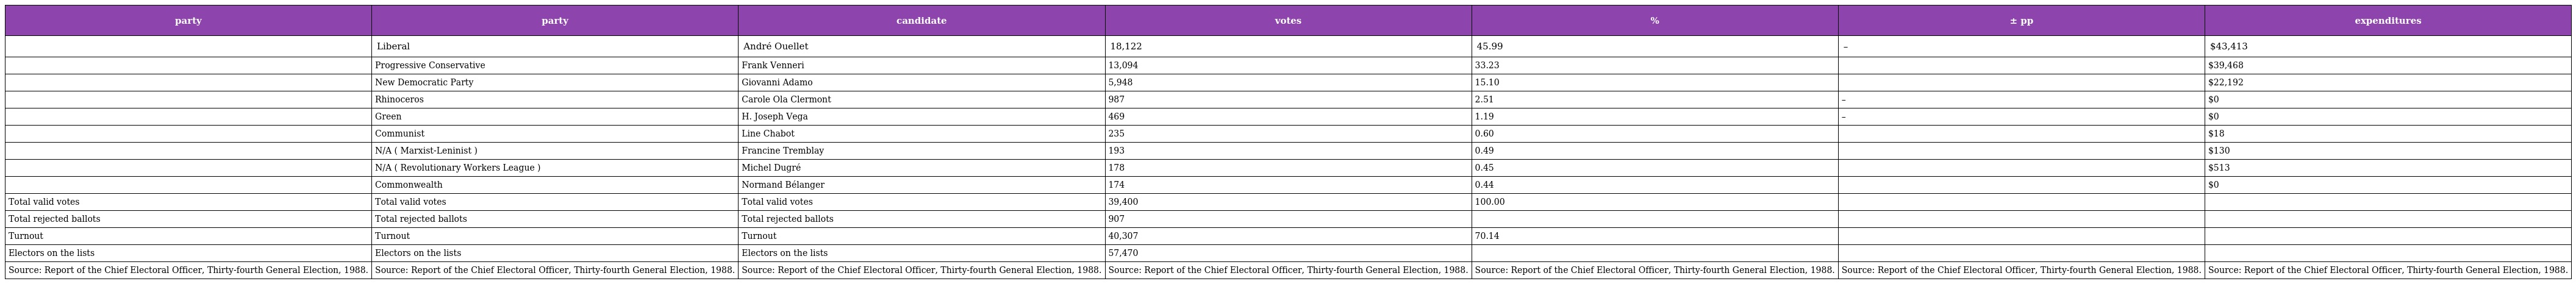
| party | party | candidate | votes | % | ± pp | expenditures |
 | --- | --- | --- | --- | --- | --- | --- |
 |  | Liberal | André Ouellet | 18,122 | 45.99 | – | $43,413 |
 |  | Progressive Conservative | Frank Venneri | 13,094 | 33.23 |  | $39,468 |
 |  | New Democratic Party | Giovanni Adamo | 5,948 | 15.10 |  | $22,192 |
 |  | Rhinoceros | Carole Ola Clermont | 987 | 2.51 | – | $0 |
 |  | Green | H. Joseph Vega | 469 | 1.19 | – | $0 |
 |  | Communist | Line Chabot | 235 | 0.60 |  | $18 |
 |  | N/A ( Marxist-Leninist ) | Francine Tremblay | 193 | 0.49 |  | $130 |
 |  | N/A ( Revolutionary Workers League ) | Michel Dugré | 178 | 0.45 |  | $513 |
 |  | Commonwealth | Normand Bélanger | 174 | 0.44 |  | $0 |
 | Total valid votes | Total valid votes | Total valid votes | 39,400 | 100.00 |  |  |
 | Total rejected ballots | Total rejected ballots | Total rejected ballots | 907 |  |  |  |
 | Turnout | Turnout | Turnout | 40,307 | 70.14 |  |  |
 | Electors on the lists | Electors on the lists | Electors on the lists | 57,470 |  |  |  |
 | Source: Report of the Chief Electoral Officer, Thirty-fourth General Election, 1988. | Source: Report of the Chief Electoral Officer, Thirty-fourth General Election, 1988. | Source: Report of the Chief Electoral Officer, Thirty-fourth General Election, 1988. | Source: Report of the Chief Electoral Officer, Thirty-fourth General Election, 1988. | Source: Report of the Chief Electoral Officer, Thirty-fourth General Election, 1988. | Source: Report of the Chief Electoral Officer, Thirty-fourth General Election, 1988. | Source: Report of the Chief Electoral Officer, Thirty-fourth General Election, 1988. |